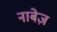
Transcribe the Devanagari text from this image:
नाबेज़